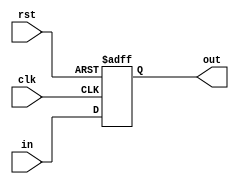
    module bit_10_reg (in , clk , rst , out);
input [9:0]in;
input clk;
input rst;
output reg [9:0]out;
always@(posedge rst or posedge clk)
begin
    if(rst)
        out <= 10'b 0000_0000_00;
    else
        out <= in;
end
endmodule